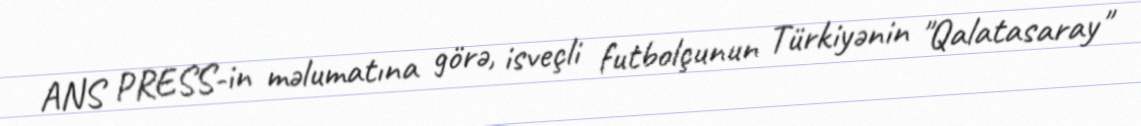
ANS PRESS-in məlumatına görə, isveçli futbolçunun Türkiyənin "Qalatasaray"